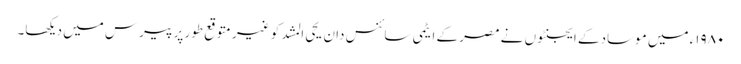
۱۹۸۰ء میں موساد کے ایجنٹوں نے مصر کے ایٹمی سائنس دان یحی المشد کو غیر متوقع طور پر پیرس میں دیکھا۔